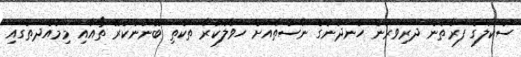
ސްކޫލްގެ ފަރާތުން ދަރިވަރުން ހެނދުނުގެ ނާސްތާއަށް ހަވާލުކުރާ ތަކެތި ބޭނުންކުރޭ ތޯއާއި މިމުއްދަތުގައި